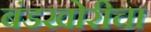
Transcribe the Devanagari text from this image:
बंडखोरीचा